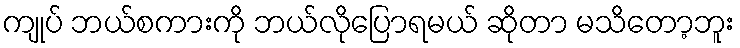
ကျုပ် ဘယ်စကားကို ဘယ်လိုပြောရမယ် ဆိုတာ မသိတော့ဘူး